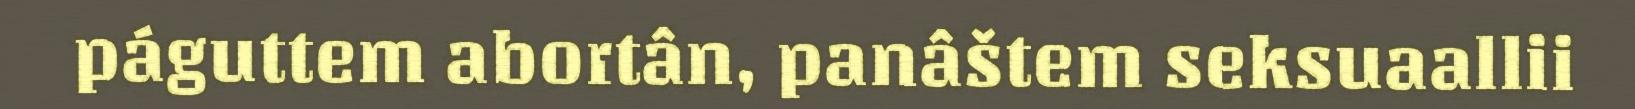
páguttem abortân, panâštem seksuaallii